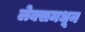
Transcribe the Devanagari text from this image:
लेक्समधून